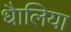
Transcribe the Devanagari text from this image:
धैालिया